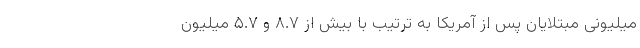
میلیونیِ مبتلایان پس از آمریکا به ترتیب با بیش از ۸.۷ و ۵.۷ میلیون